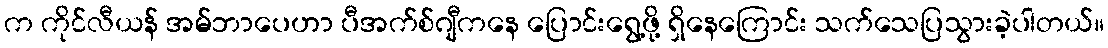
က ကိုင်လီယန် အမ်ဘာပေဟာ ပီအက်စ်ဂျီကနေ ပြောင်းရွေ့ဖို့ ရှိနေကြောင်း သက်သေပြသွားခဲ့ပါတယ်။